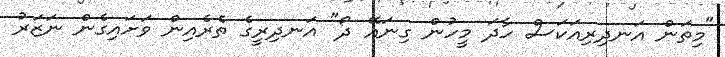
"މިތަން އަނދިރިއަކަސް ހާދަ މީހުން ގިނައޭ ދޯ" އަނދިރީގެ ތެރެއިން ވަށައިގެން ނަޒަރު